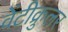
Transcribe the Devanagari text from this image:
वेंटीक्रुलर